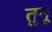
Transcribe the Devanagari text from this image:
तुनू